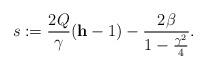
LaTeX: \begin{align*}s:= \frac{2Q}{\gamma}(\mathbf{h}-1) -\frac{2\beta}{1-\frac{\gamma^2}{4}} .\end{align*}